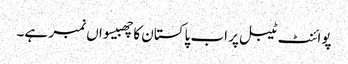
پوائنٹ ٹیبل پر اب پاکستان کا چھبیسواں نمبر ہے۔